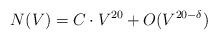
LaTeX: \begin{align*}N(V) = C\cdot V^{20} + O(V^{20-\delta})\end{align*}